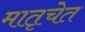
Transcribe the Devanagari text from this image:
मातृचेत